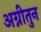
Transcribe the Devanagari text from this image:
अग्नीतुन